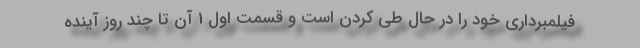
فیلمبرداری خود را در حال طی کردن است و قسمت اول 1 آن تا چند روز آینده